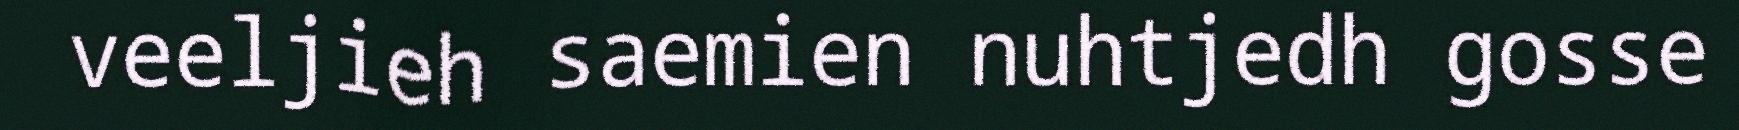
veeljieh saemien nuhtjedh gosse